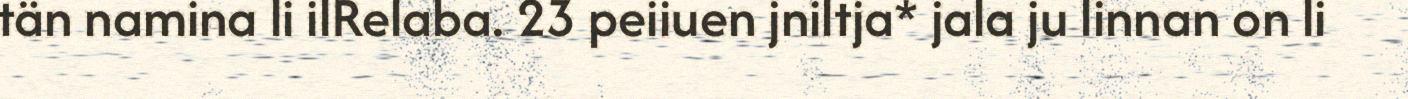
tän namina li ilRelaba. 23 peiiuen jniltja* jala ju linnan on li